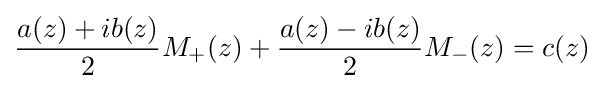
{\frac {a(z)+ib(z)}{2}}M_{+}(z)+{\frac {a(z)-ib(z)}{2}}M_{-}(z)=c(z)